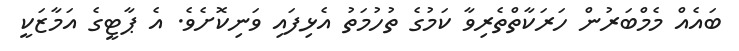
ބައެއް މެމްބަރުން ހަރަކާތްތެރިވާ ކަމުގެ ތުހުމަތު އެޅިފައި ވަނިކޮށެވެ. އެ ޕާޓީގެ އަމާޒަކީ